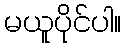
မယူပိုင်ပါ။